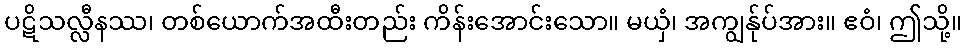
ပဋိသလ္လီနဿ၊ တစ်ယောက်အထီးတည်း ကိန်းအောင်းသော။ မယှံ၊ အကျွန်ုပ်အား။ ဧဝံ၊ ဤသို့။